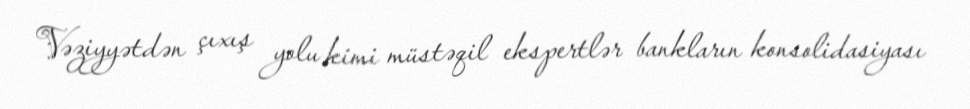
Vəziyyətdən çıxış yolu kimi müstəqil ekspertlər bankların konsolidasiyası